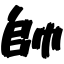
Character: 帥